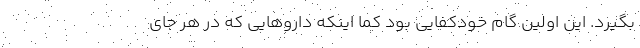
بگیرد. این اولین گام خودکفایی بود کما اینکه داروهایی که در هر جای